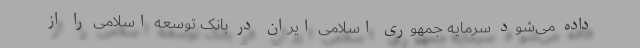
داده می‌شود سرمایه جمهوری اسلامی ایران در بانک توسعه اسلامی را از